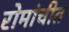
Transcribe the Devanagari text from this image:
रोमांचीत